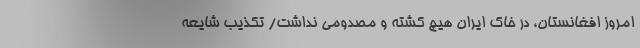
امروز افغانستان، در خاک ایران هیچ کشته و مصدومی نداشت/ تکذیب شایعه